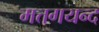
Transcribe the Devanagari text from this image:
मत्तगयन्द